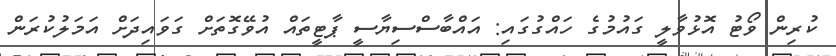
ކުރިން ވޯޓު އޮޅުވާލީ ގައުމުގެ ހައްގުގައި: އައްބާސްސިޔާސީ ޕާޓީތައް އުވޭގޮތަށް ގަވައިދަށް އަމަލުކުރަން